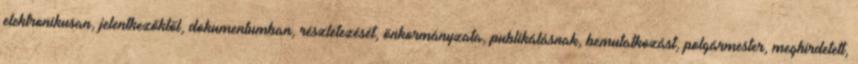
elektronikusan, jelentkezőktől, dokumentumban, részletezését, önkormányzata, publikálásnak, bemutatkozást, polgármester, meghirdetett,